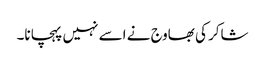
شاکر کی بھاوج نے اسے نہیں پہچانا۔